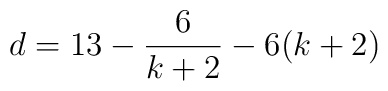
d = 13 -\frac{6}{k+2} - 6(k+2)